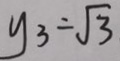
y _ { 3 } = \sqrt { 3 }